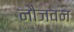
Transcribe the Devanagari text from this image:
नौजवन